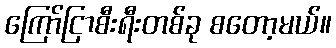
ကြော်ငြာစီးရီးတစ်ခု စတော့မယ်။